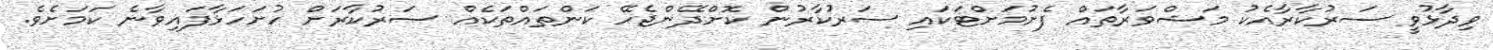
ވިދާޅުވީ ސަރުކާރާއެކު މަޝްވަރާތައް ފެށުމަށްޓަކައި ސަރުކާރުން ކޮށްދޭންޖެހޭ ކަންތައްތަކެއް ސަރުކާރަށް ހުށަހަޅާފައިވާނެ ކަމަށެވެ.